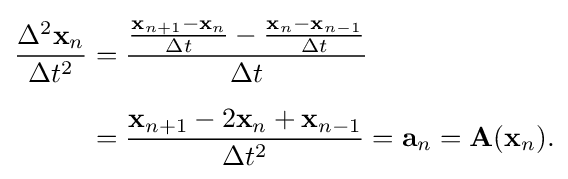
{\begin{aligned}{\frac {\Delta ^{2}\mathbf {x} _{n}}{\Delta t^{2}}}&={\frac {{\frac {\mathbf {x} _{n+1}-\mathbf {x} _{n}}{\Delta t}}-{\frac {\mathbf {x} _{n}-\mathbf {x} _{n-1}}{\Delta t}}}{\Delta t}}\\[6pt]&={\frac {\mathbf {x} _{n+1}-2\mathbf {x} _{n}+\mathbf {x} _{n-1}}{\Delta t^{2}}}=\mathbf {a} _{n}=\mathbf {A} (\mathbf {x} _{n}).\end{aligned}}